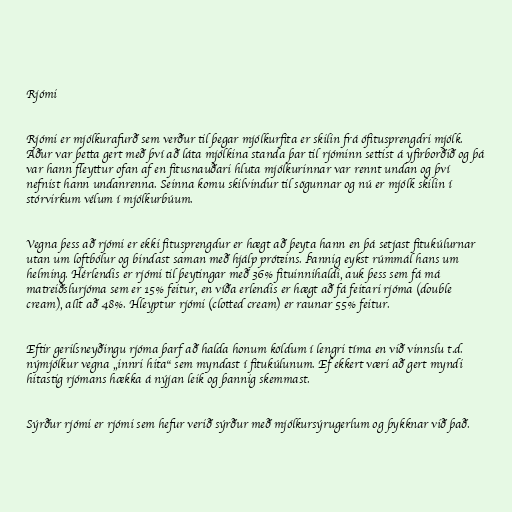
Rjómi

Rjómi er mjólkurafurð sem verður til þegar mjólkurfita er skilin frá ófitusprengdri mjólk.
Áður var þetta gert með því að láta mjólkina standa þar til rjóminn settist á yfirborðið og þá
var hann fleyttur ofan af en fitusnauðari hluta mjólkurinnar var rennt undan og því
nefnist hann undanrenna. Seinna komu skilvindur til sögunnar og nú er mjólk skilin í
stórvirkum vélum í mjólkurbúum.

Vegna þess að rjómi er ekki fitusprengdur er hægt að þeyta hann en þá setjast fitukúlurnar
utan um loftbólur og bindast saman með hjálp próteins. Þannig eykst rúmmál hans um
helming. Hérlendis er rjómi til þeytingar með 36% fituinnihaldi, auk þess sem fá má
matreiðslurjóma sem er 15% feitur, en víða erlendis er hægt að fá feitari rjóma (double
cream), allt að 48%. Hleyptur rjómi (clotted cream) er raunar 55% feitur.

Eftir gerilsneyðingu rjóma þarf að halda honum köldum í lengri tíma en við vinnslu t.d.
nýmjólkur vegna „innri hita“ sem myndast í fitukúlunum. Ef ekkert væri að gert myndi
hitastig rjómans hækka á nýjan leik og þannig skemmast.

Sýrður rjómi er rjómi sem hefur verið sýrður með mjólkursýrugerlum og þykknar við það.